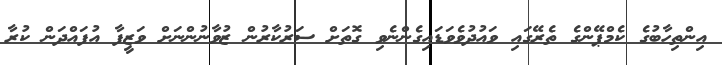
އިންތިހާބުގެ ކެމްޕޭންގެ ތެރޭގައި ވައުދުވެވަޑައިގެންނެވި ގޮތަށް ސަރުކާރުން ޒުވާނުންނަށް ވަޒީފާ އުފައްދަން ކުރާ